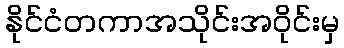
နိုင်ငံတကာအသိုင်းအဝိုင်းမှ